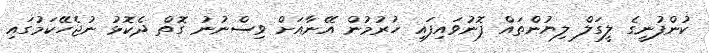
ކުންފުނީގެ ލީގަލް ލިޔުންތައް ފޮނުވައިފައި ހުރުމުން އޭނާއަށް ވިސްނުނު ގޮތް ދެކޮޅު ނުޖެހޭކަމުގައި